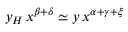
y _ { H } \, x ^ { \beta + \delta } \simeq y \, x ^ { \alpha + \gamma + \xi }